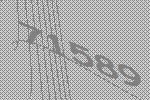
71589